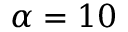
\alpha = 1 0